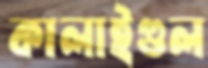
কালাইগুল